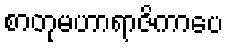
စာတုမဟာရာဇိကာပေ